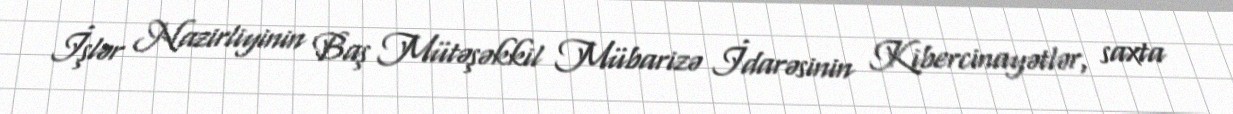
İşlər Nazirliyinin Baş Mütəşəkkil Mübarizə İdarəsinin Kibercinayətlər, saxta